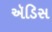
ઍડિસ